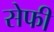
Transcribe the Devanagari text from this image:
सेफी